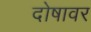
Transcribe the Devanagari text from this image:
दोषावर